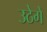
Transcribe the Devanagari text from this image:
उठेगें